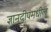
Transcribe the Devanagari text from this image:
ज्ञानदीपमधील